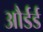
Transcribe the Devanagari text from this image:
और्डर्ड